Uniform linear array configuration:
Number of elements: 4
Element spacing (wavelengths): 0.25
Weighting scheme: exponential
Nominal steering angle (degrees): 15
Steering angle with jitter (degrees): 14.645
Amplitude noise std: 0.05
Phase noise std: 0.05

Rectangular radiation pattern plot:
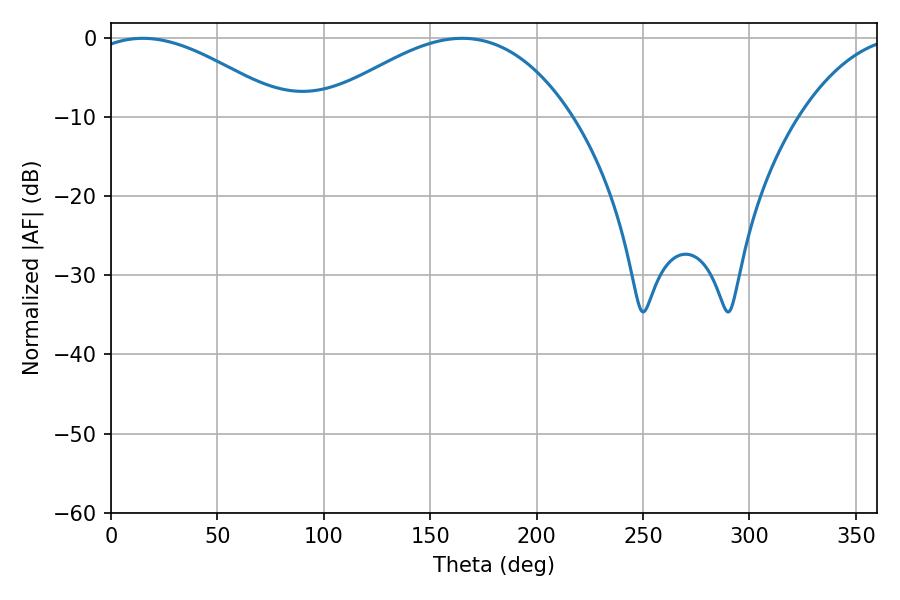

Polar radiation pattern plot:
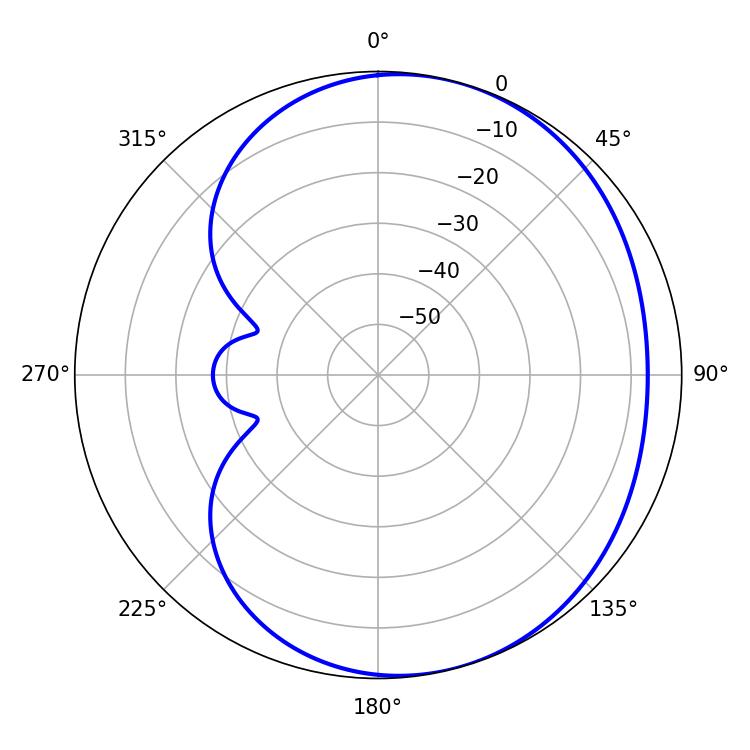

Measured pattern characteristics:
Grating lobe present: FALSE
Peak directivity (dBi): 3.986
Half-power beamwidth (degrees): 50.58
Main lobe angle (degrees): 14.94